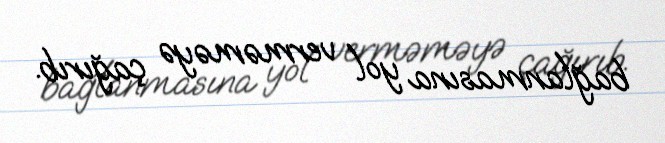
bağlanmasına yol verməməyə çağırıb.